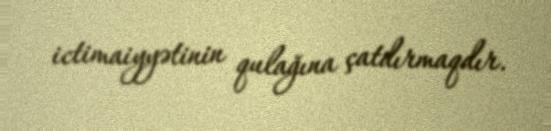
ictimaiyyətinin qulağına çatdırmaqdır.